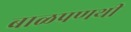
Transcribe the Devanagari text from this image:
बाळपणथी